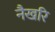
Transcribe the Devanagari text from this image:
नैखरि